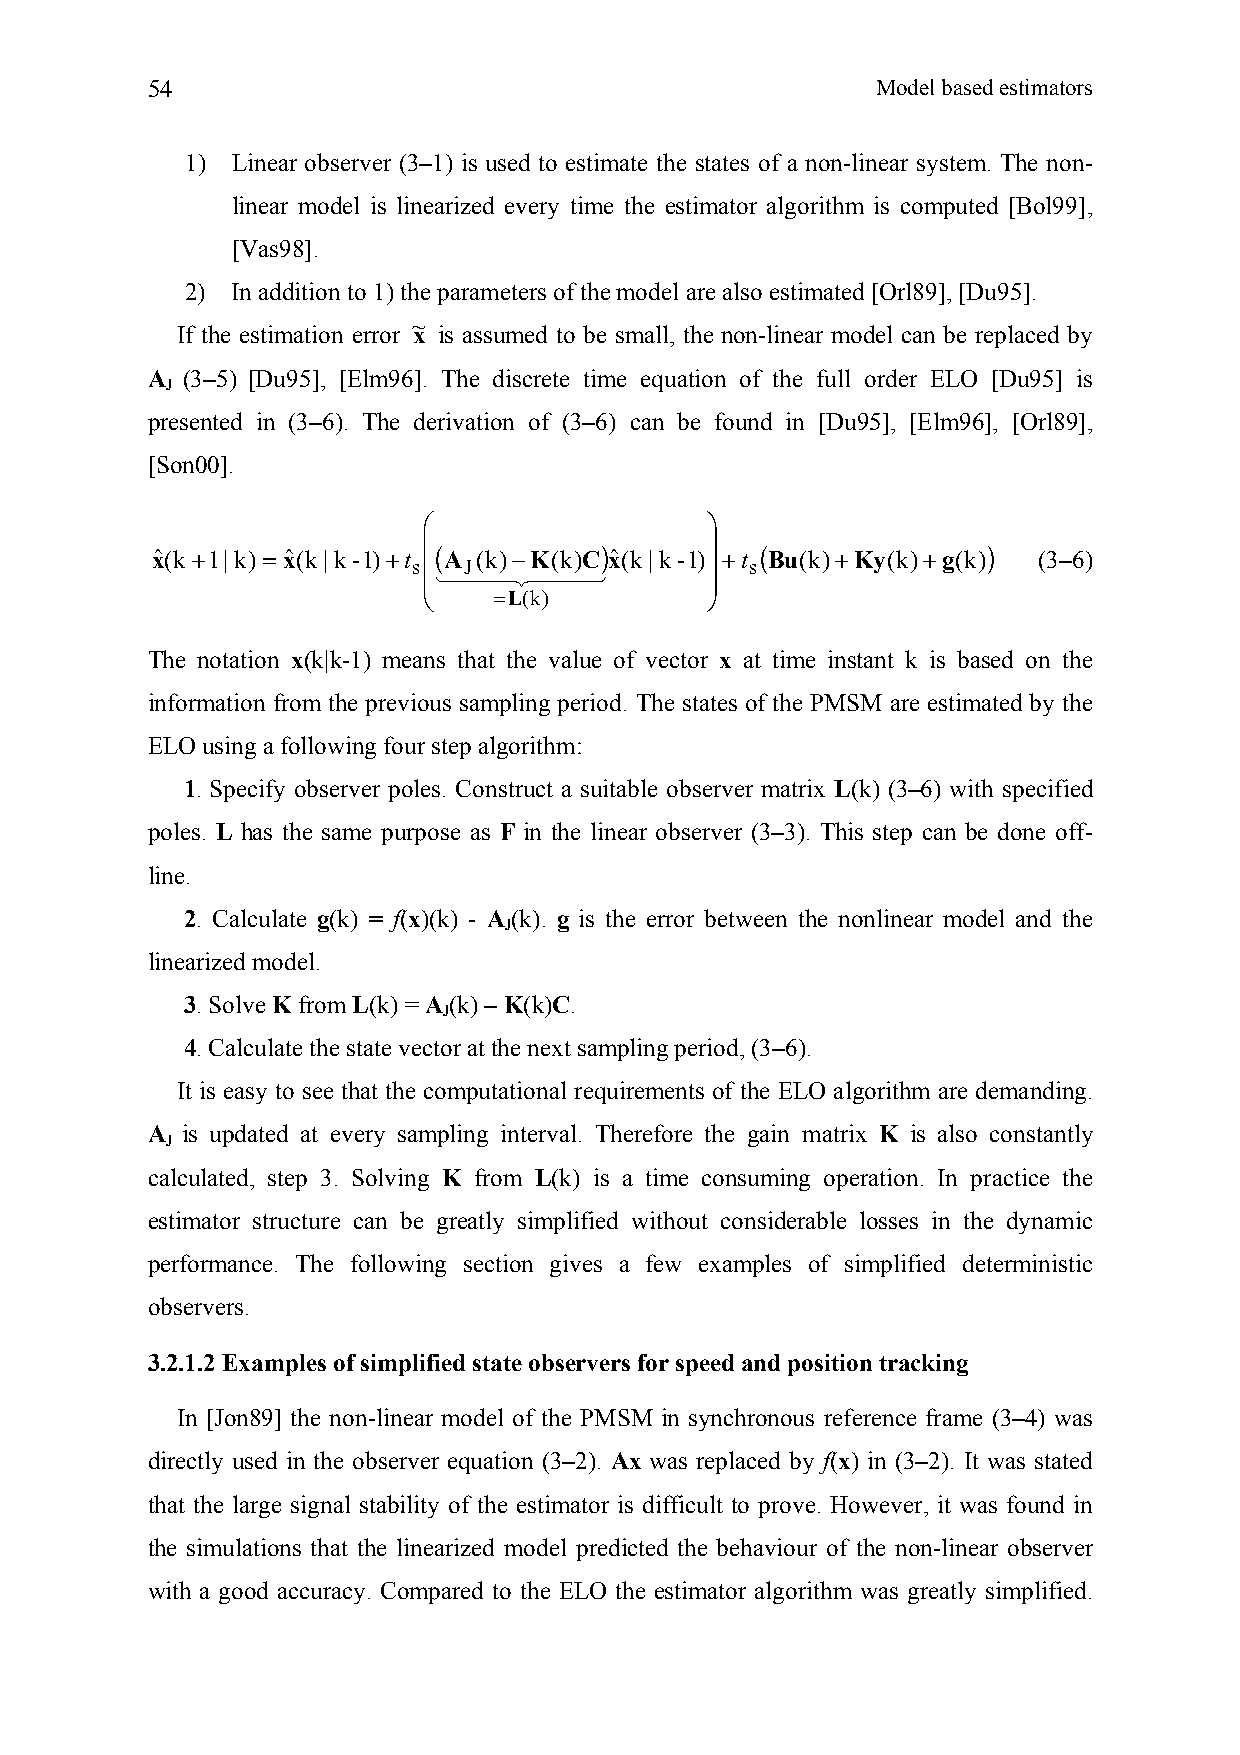
54                                              Model based estimators
 1) Linear observer (3–1) is used to estimate the states of a non-linear system. The non-
 linear model is linearized every time the estimator algorithm is computed [Bol99],
 [Vas98].
 2) In addition to 1) the parameters of the model are also estimated [Orl89], [Du95].
 ~
 If the estimation error x is assumed to be small, the non-linear model can be replaced by
 A (3–5) [Du95], [Elm96]. The discrete time equation of the full order ELO [Du95] is
 J
 presented in (3–6). The derivation of (3–6) can be found in [Du95], [Elm96], [Orl89],
 [Son00].
 ⎛                  ⎞
 ⎜(          )      ⎟  (              )
 xˆ(k+1|k) = xˆ(k|k-1)+t A (k)−K(k)C xˆ(k|k-1) +t Bu(k)+Ky(k)+g(k) (3–6)
 s⎜  J               ⎟  s
 ⎜1442443           ⎟
 ⎝    =L(k)         ⎠
 The notation x(k|k-1) means that the value of vector x at time instant k is based on the
 information from the previous sampling period. The states of the PMSM are estimated by the
 ELO using a following four step algorithm:
 1. Specify observer poles. Construct a suitable observer matrix L(k) (3–6) with specified
 poles. L has the same purpose as F in the linear observer (3–3). This step can be done off-
 line.
 2. Calculate g(k) = f(x)(k) - A (k). g is the error between the nonlinear model and the
 J
 linearized model.
 3. Solve K from L(k) = A (k) – K(k)C.
 J
 4. Calculate the state vector at the next sampling period, (3–6).
 It is easy to see that the computational requirements of the ELO algorithm are demanding.
 A is updated at every sampling interval. Therefore the gain matrix K is also constantly
 J
 calculated, step 3. Solving K from L(k) is a time consuming operation. In practice the
 estimator structure can be greatly simplified without considerable losses in the dynamic
 performance. The following section gives a few examples of simplified deterministic
 observers.
 3.2.1.2 Examples of simplified state observers for speed and position tracking
 In [Jon89] the non-linear model of the PMSM in synchronous reference frame (3–4) was
 directly used in the observer equation (3–2). Ax was replaced by f(x) in (3–2). It was stated
 that the large signal stability of the estimator is difficult to prove. However, it was found in
 the simulations that the linearized model predicted the behaviour of the non-linear observer
 with a good accuracy. Compared to the ELO the estimator algorithm was greatly simplified.